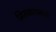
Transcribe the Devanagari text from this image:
मिसळतानाचे